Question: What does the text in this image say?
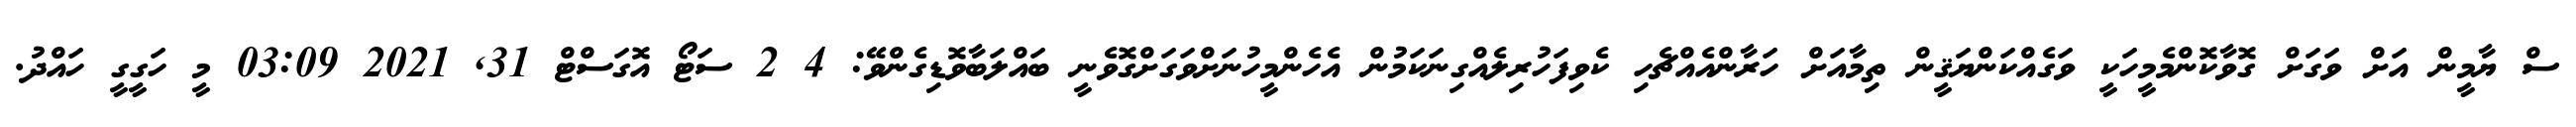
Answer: ސް ޔާމީން އަށް ވަގަށް ގޮވާކޮންމެމީހަކީ ވަގެއްކަންޔަޤީން ތިމާއަށް ހަރާންއެއްޗެހި ކެވިފަހުރިލެއްގިނަކަމުން އެހެންމީހުނަށްވަގަށްގޮވެނީ ބައްލަބާވޮޑިގެންވޭ: 4 2 ސަޓޯ އޮގަސްޓް 31, 2021 03:09 މީ ހަގީގީ ހައްދު.